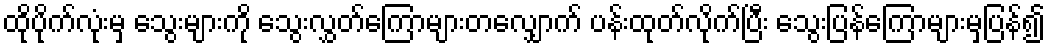
ထိုပိုက်လုံးမှ သွေးများကို သွေးလွှတ်ကြောများတလျှောက် ပန်းထုတ်လိုက်ပြီး သွေးပြန်ကြောများမှပြန်၍